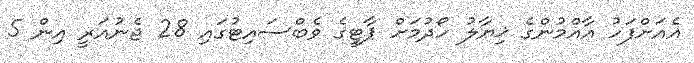
އެއަށްފަހު އާއްމުންގެ ޚިޔާލު ހޯދުމަށް ޕާޓީގެ ވެބްސައިޓުގައި 28 ޖެނުއަރީ އިން 5